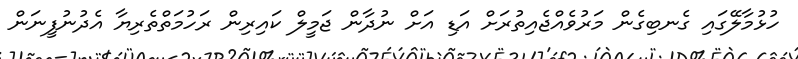
ހުޅުމާލޭގައި ގެނބިގެން މަރުވެއްޖެއިތުރަށް އަޑި އަށް ނުދާން ޖަމީލް ކައިރިން ރަހުމަތްތެރިޔާ އެދުނުފީނަން